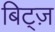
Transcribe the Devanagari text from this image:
बिट्ज़